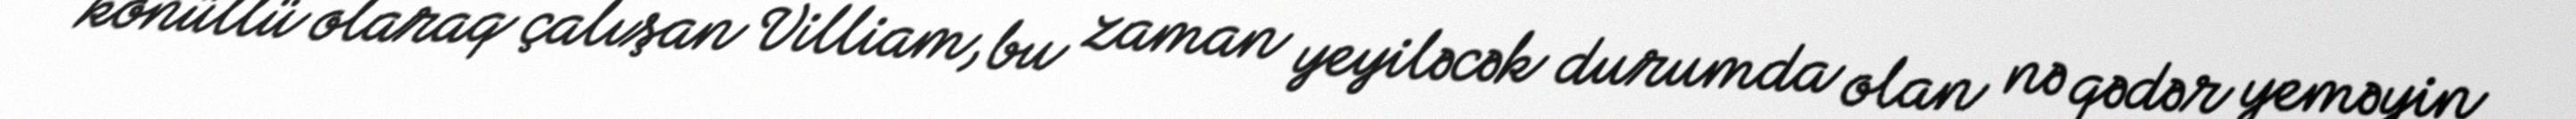
könüllü olaraq çalışan Villiam, bu zaman yeyiləcək durumda olan nə qədər yeməyin